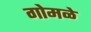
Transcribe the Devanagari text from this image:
गोमळे